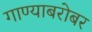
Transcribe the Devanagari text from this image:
गाण्याबरोबर